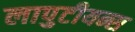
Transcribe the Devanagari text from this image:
लापुटीयन्स